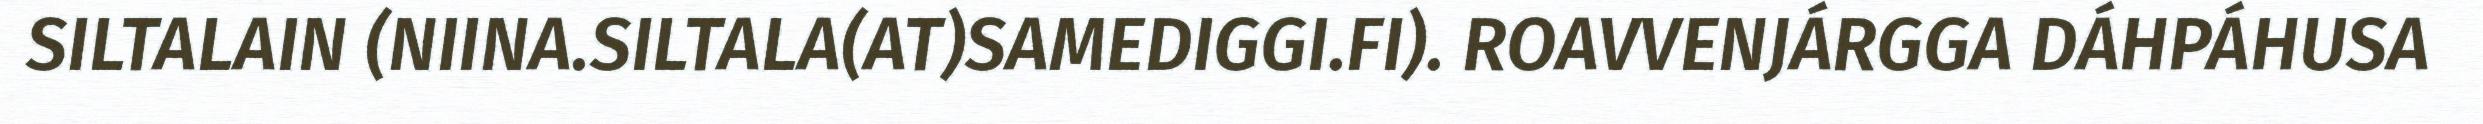
SILTALAIN (NIINA.SILTALA(AT)SAMEDIGGI.FI). ROAVVENJÁRGGA DÁHPÁHUSA